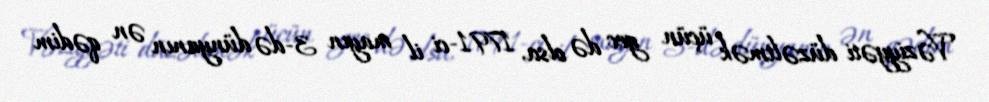
Vəziyyəti düzəltmək üçün gec də olsa, 1791-ci il mayın 3-də dünyanın ən qədim